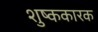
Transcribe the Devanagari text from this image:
शुष्ककारक